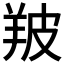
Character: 𦍷